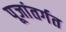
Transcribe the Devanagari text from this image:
पूजांतर्गत